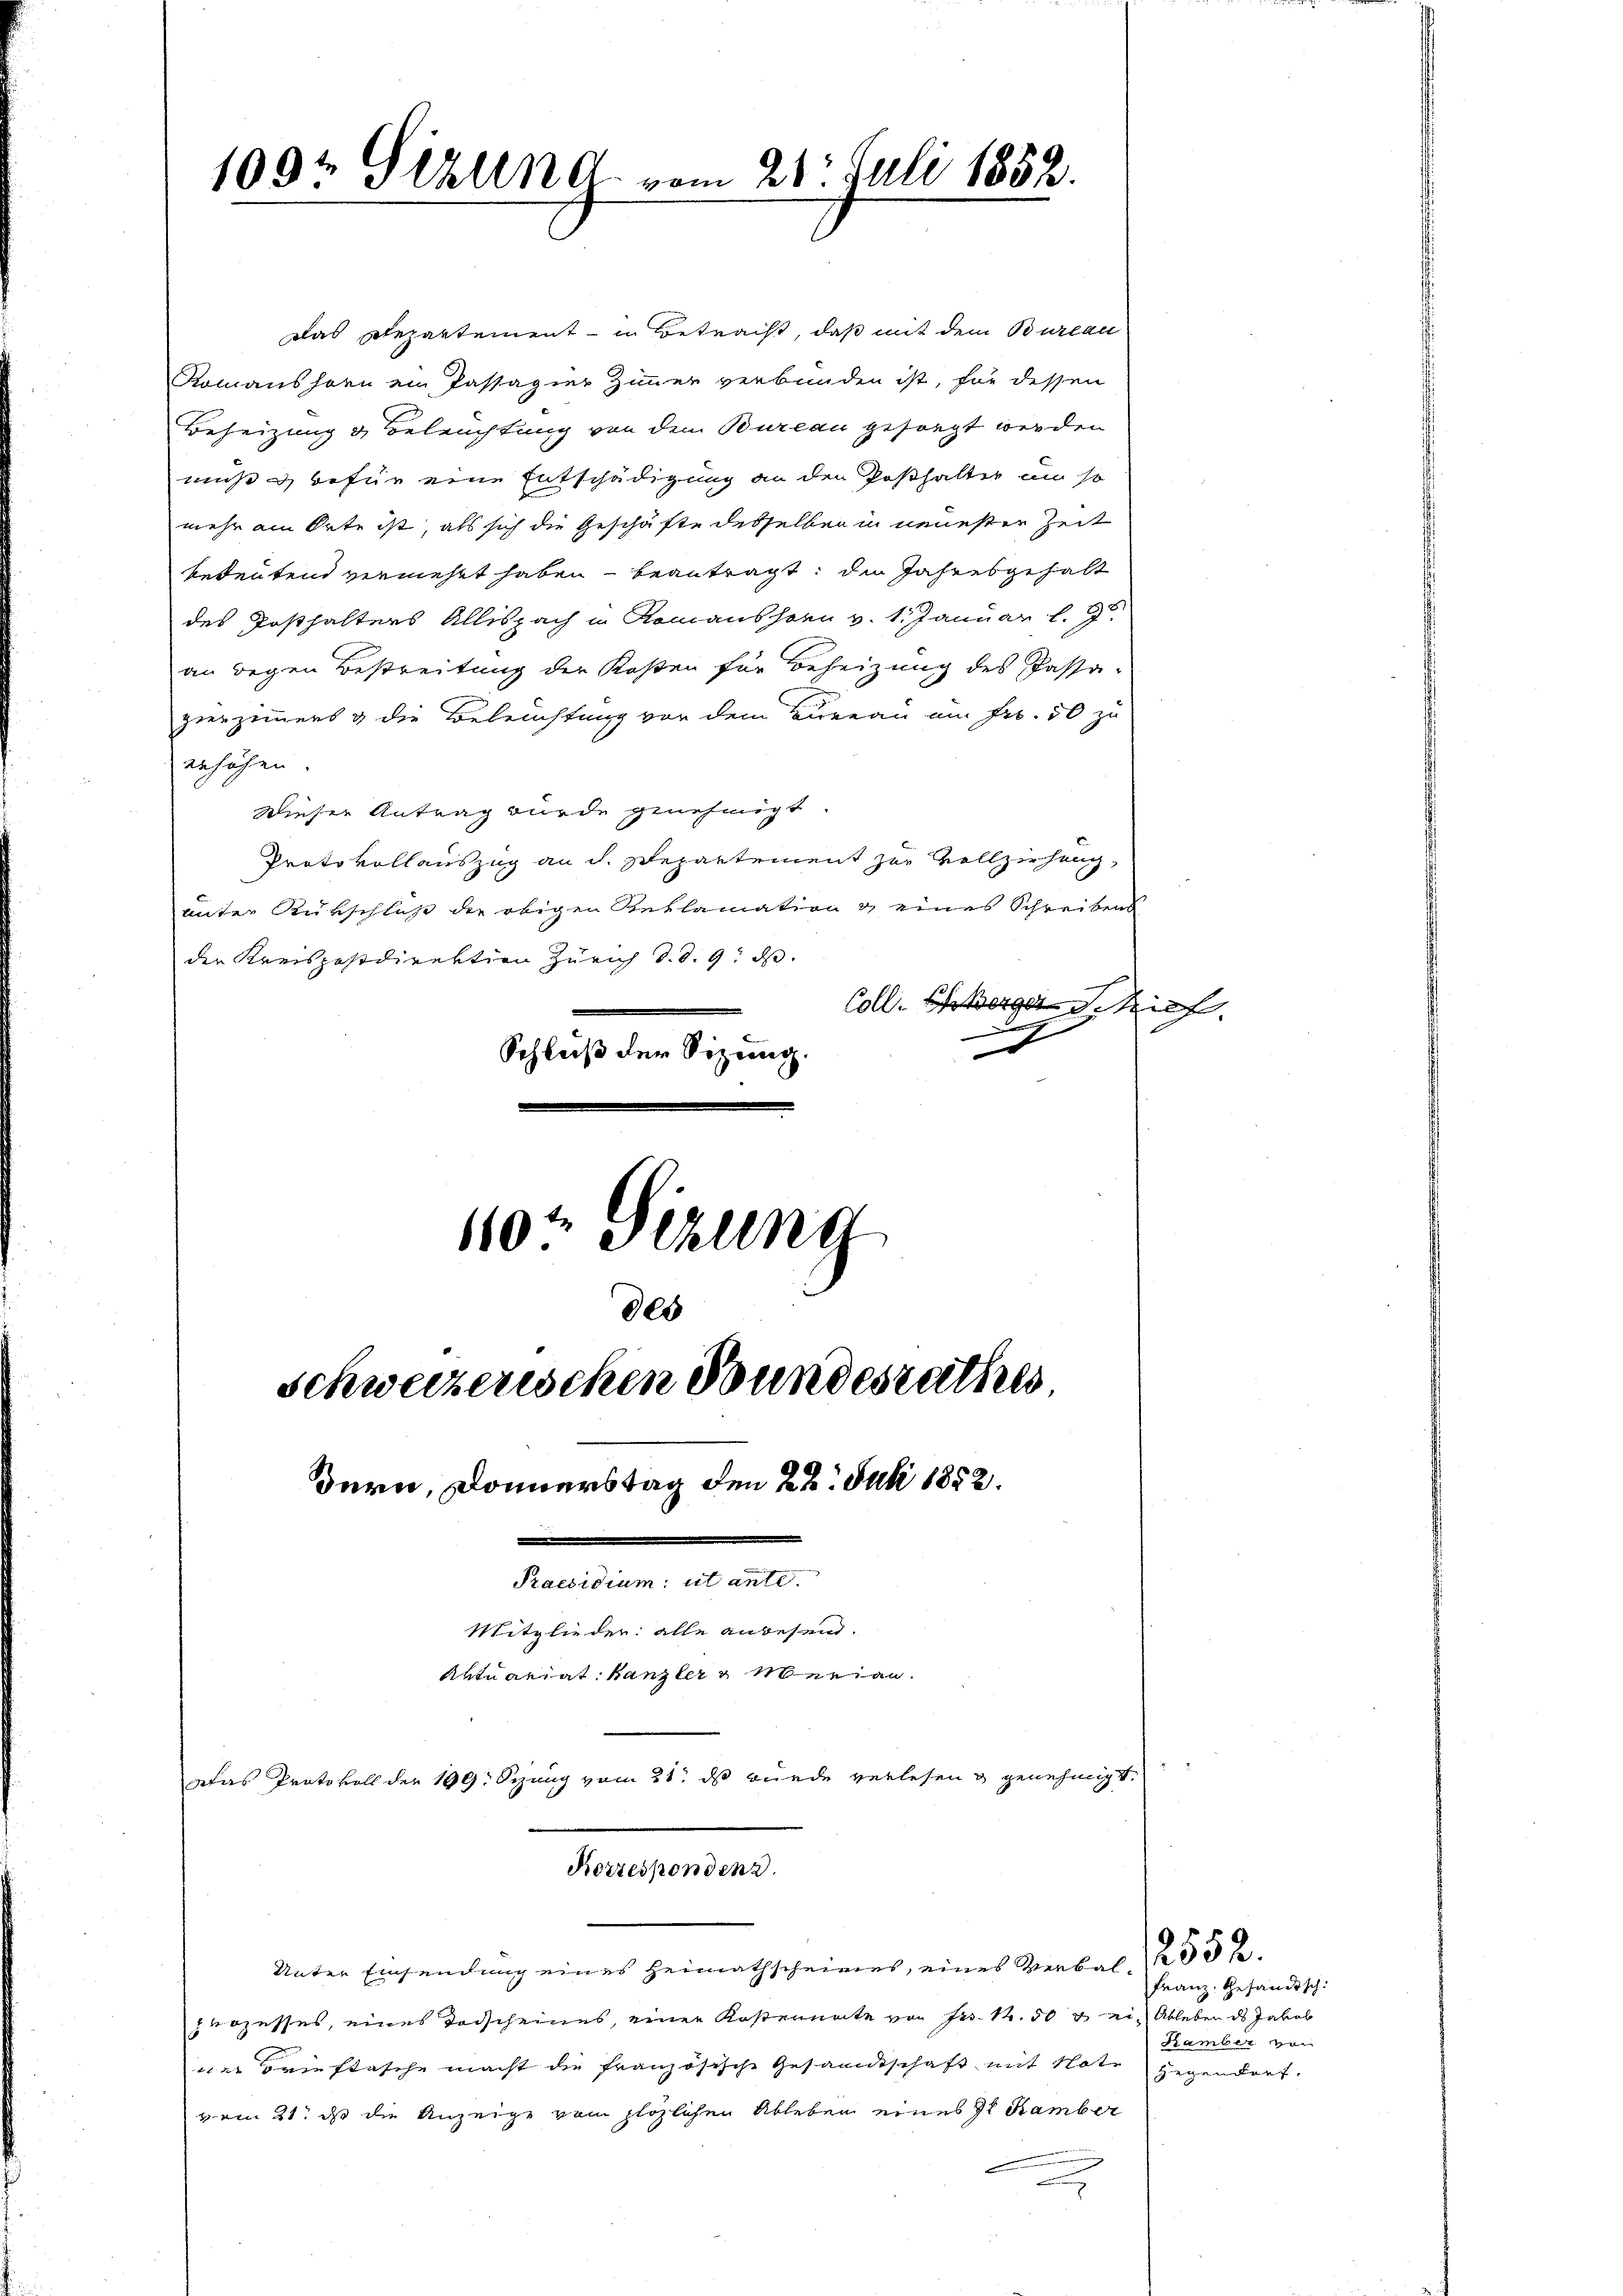
1094 Gizlena vom 21. Juli 1852.
e

Das Departement - in Betracht, daß mit dem Bureau
Romanshorn ein Passagier Zimmer verbunden ist, für dessen
Beheizung & Beleuchtung von dem Bureau gesorgt werden
muß & befür eine Entschädigung an den Posthalter um so
mehr am Orte ist, als sich die Geschäfte desselben in neuesten Zeit
bedeutend vermehrt haben beantragt, die Jahresgehalt
des Posthalters Allispach in Romanshorn v. 1. Januar l. 36
an gegen Bestreitung der Kosten für Beheizung des Passa-
pierzimmers & die Beleuchtung vor dem Bureau am Fr. 50 zu
enhöhen.
Dieser Antrag wurde genehmigt.
Protokollauszug an dh. Departement zur Vollziehung,
unter Rükschluß die obigen Reklamation & eines Schreibens
der Kreispostdirektion Zürich d. d. 9. ds.
Coll. Bergrif
.
D
Schluß der Sitzung.
110. Jezung
000

schweizerischen Bundesrathes,
Bern, Donnerstag den 22. Juli 1852.
.
Praesidium ut ante
Mitglieder: alle anwesend.
Aktuariat Kanzler & Merian.

Korrespondenz.

Unter Einsendung eines Heimathscheines, eines Verbal 1 253 f.
prozesses, eines Todscheines, einer Kosternate von Fr. 14. 503 ein Ableben ds Jakob
war Brieftasche macht die französische Gesandtschaft mit Note gegendorf.
vom 21. ds die Anzeige vom plötzlichen Ableben eines St. Hamber
u

edas Protokoll der 199. Sizung vom 21. ds wurde verlesen & genehmigt.

Franz. Gesandtsch.
Kamber von